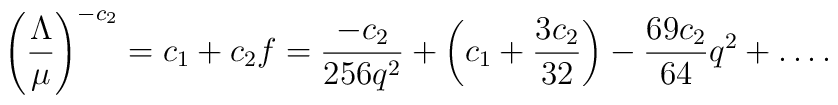
\left({\Lambda\over\mu}\right)^{-c_2} = c_1 + c_2 f= {-c_2\over 256 q^2}+ \left( c_1 +{3 c_2 \over 32 }\right) - {69 c_2\over 64}  q^2 + \dots .